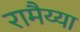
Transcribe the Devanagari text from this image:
रामैय्या